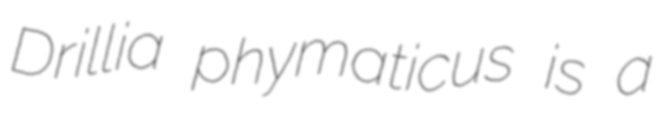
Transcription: Drillia phymaticus is a